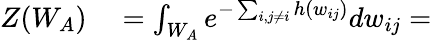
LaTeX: \begin{array}{rl}{Z(W_{A})}&{{}=\int_{W_{A}}e^{-\sum_{i,j\neq i}h(w_{ij})}dw_{ij}=}\end{array}